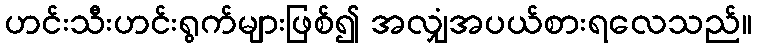
ဟင်းသီးဟင်းရွက်များဖြစ်၍ အလျှံအပယ်စားရလေသည်။